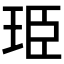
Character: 𮴐